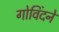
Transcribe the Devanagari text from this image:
गोविंदने